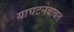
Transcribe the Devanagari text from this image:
याघटनेबाबत